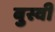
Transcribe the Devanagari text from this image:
बुस्वी